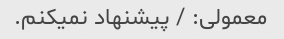
معمولی: / پیشنهاد نمیکنم.